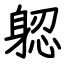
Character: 躵